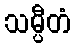
သမ္ပီတံ